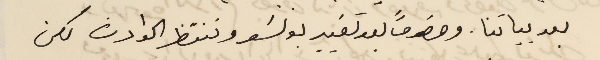
بعد بياتنا. وخصوصاً بعد تغيير بونسَو وننتظر الحوادث لكن